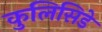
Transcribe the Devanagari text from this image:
कुलिसिडे